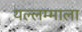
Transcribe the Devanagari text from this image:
यल्लम्माला